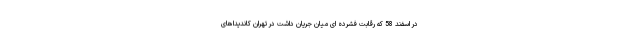
در اسفند 58 که رقابت فشرده ای میان جریان داشت در تهران کاندیداهای